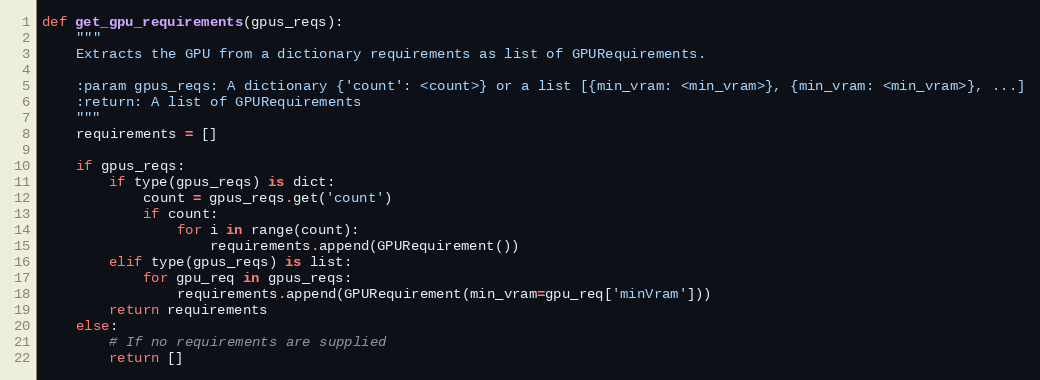
Language: Python
def get_gpu_requirements(gpus_reqs):
    """
    Extracts the GPU from a dictionary requirements as list of GPURequirements.

    :param gpus_reqs: A dictionary {'count': <count>} or a list [{min_vram: <min_vram>}, {min_vram: <min_vram>}, ...]
    :return: A list of GPURequirements
    """
    requirements = []

    if gpus_reqs:
        if type(gpus_reqs) is dict:
            count = gpus_reqs.get('count')
            if count:
                for i in range(count):
                    requirements.append(GPURequirement())
        elif type(gpus_reqs) is list:
            for gpu_req in gpus_reqs:
                requirements.append(GPURequirement(min_vram=gpu_req['minVram']))
        return requirements
    else:
        # If no requirements are supplied
        return []